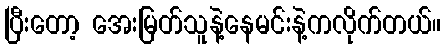
ပြီးတော့ အေးမြတ်သူနဲ့နေမင်းနဲ့ကလိုက်တယ်။